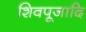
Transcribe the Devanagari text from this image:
शिवपूजादि